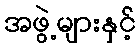
အဖွဲ့များနှင့်